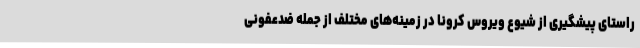
راستای پیشگیری از شیوع ویروس کرونا در زمینه‌های مختلف از جمله ضدعفونی